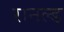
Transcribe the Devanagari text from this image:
रानल्ड